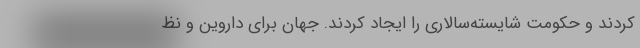
کردند و حکومت شایسته‌سالاری را ایجاد کردند. جهان برای داروین و نظ